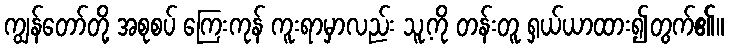
ကျွန်တော်တို့ အစုစပ် ကြေးကုန် ကူးရာမှာလည်း သူ့ကို တန်းတူ ရှယ်ယာထား၍တွက်၏။